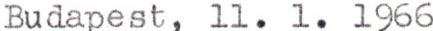
Budapest, 11. 1. 1966